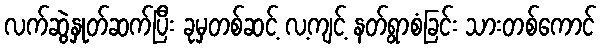
လက်ဆွဲနှုတ်ဆက်ပြီး ခုမှတစ်ဆင့် လ့ကျင့် နတ်ရွာစံခြင်း သားတစ်ကောင်